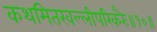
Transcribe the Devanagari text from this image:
कथमितरवल्लीपरिकरैः॥१०॥